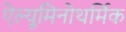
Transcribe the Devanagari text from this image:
ऐल्यूमिनोथर्मिक